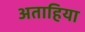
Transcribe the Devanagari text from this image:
अताहिया